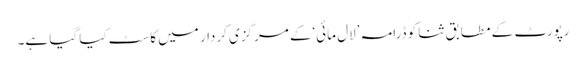
رپورٹ کے مطابق ثنا کو ڈرامہ ’لال مائی‘کے مرکزی کردار میں کاسٹ کیا گیا ہے۔